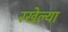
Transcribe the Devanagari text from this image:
रखेल्या